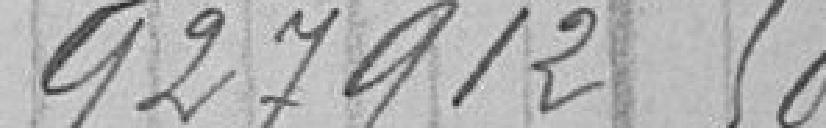
927912,50